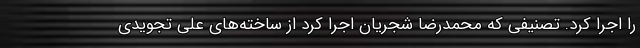
را اجرا کرد. تصنیفی که محمدرضا شجریان اجرا کرد از ساخته‌های علی تجویدی